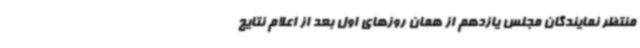
منتظر نمایندگان مجلس یازدهم از همان روزهای اول بعد از اعلام نتایج